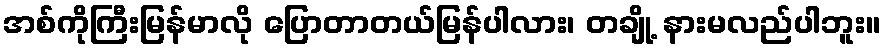
အစ်ကိုကြီးမြန်မာလို ပြောတာတယ်မြန်ပါလား၊ တချို့ နားမလည်ပါဘူး။